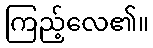
ကြည့်လေ၏။